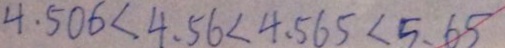
4 . 5 0 6 < 4 . 5 6 < 4 . 5 6 5 < 5 . 6 5